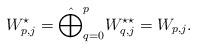
LaTeX: \begin{align*}W_{p,j}^{\star} = \hat{\bigoplus}_{q = 0}^{p} W_{q,j}^{\star \star} = W_{p,j} .\end{align*}